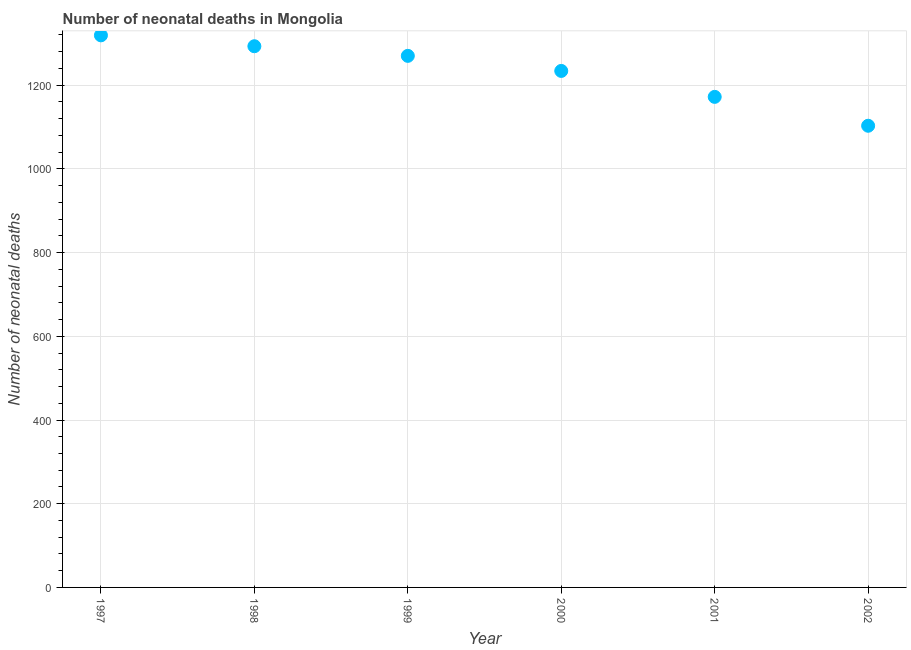
| Year | Neonatal deaths |
 | --- | --- |
 | 1997 | 1.32e+03 |
 | 1998 | 1.29e+03 |
 | 1999 | 1.27e+03 |
 | 2000 | 1.23e+03 |
 | 2001 | 1.17e+03 |
 | 2002 | 1.1e+03 |